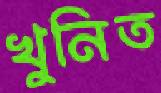
খুনিত